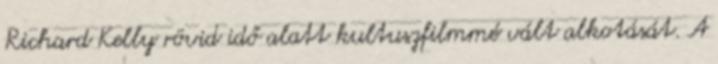
Richard Kelly rövid idő alatt kultuszfilmmé vált alkotását. A